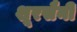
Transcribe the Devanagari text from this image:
शूरसैनी